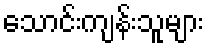
သောင်းကျန်းသူများ